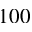
1 0 0